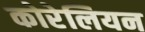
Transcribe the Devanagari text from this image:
कोरेलियन